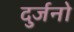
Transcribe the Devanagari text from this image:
दुर्जनो